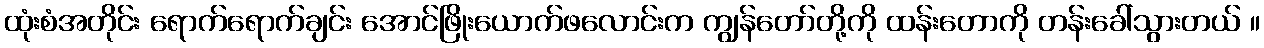
ထုံးစံအတိုင်း ရောက်ရောက်ချင်း အောင်ဖြိုးယောက်ဖလောင်းက ကျွန်တော်တို့ကို ထန်းတောကို တန်းခေါ်သွားတယ် ။